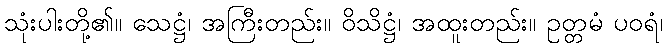
သုံးပါးတို့၏။ သေဋ္ဌံ၊ အကြီးတည်း။ ဝိသိဋ္ဌံ၊ အထူးတည်း။ ဥတ္တမံ ပဝရံ၊